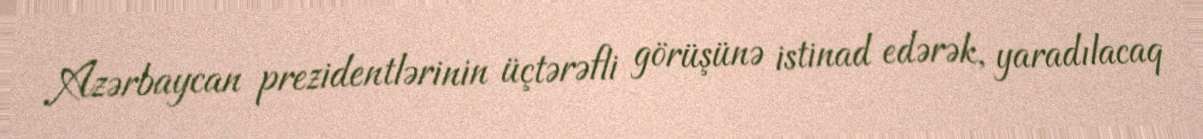
Azərbaycan prezidentlərinin üçtərəfli görüşünə istinad edərək, yaradılacaq